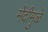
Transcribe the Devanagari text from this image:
मेंदीमुळे